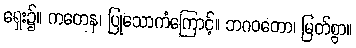
ရှေး၌။ ကတေန၊ ပြုသောကံကြောင့်။ ဘဂဝတော၊ မြတ်စွာ။